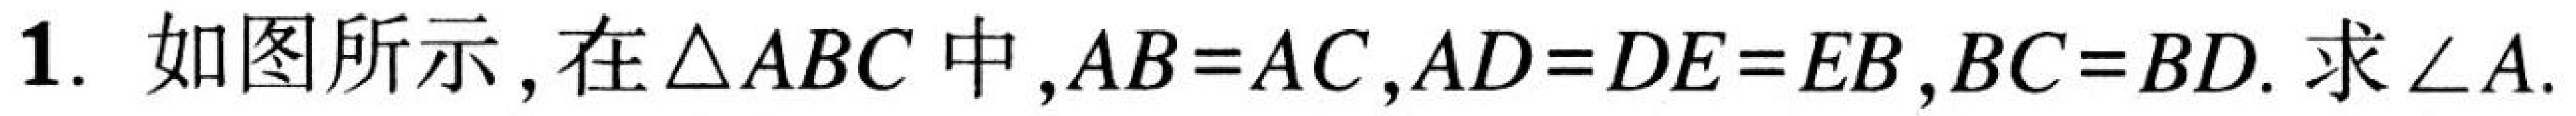
1. 如图所示，在$\triangle ABC$中，$AB = AC，AD = DE = EB，BC = BD.$求$\angle A.$